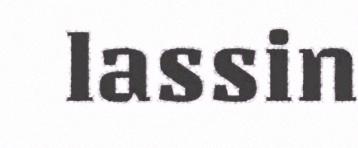
lassin